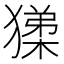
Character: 𭸧